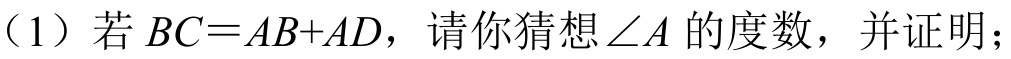
（1）若 \(BC = AB + AD\)，请你猜想\(\angle A\) 的度数，并证明；